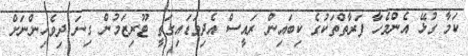
ކަމާ ގުޅޭ އެންމެހާ ފަރާތްތަކުގެ ކިބައިން ރައީސް އެދިވަޑައިގަތީ ޓޫރިޒަމުން ގިނަ ދިވެހިންނަށް